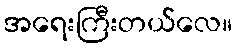
အရေးကြီးတယ်လေ။